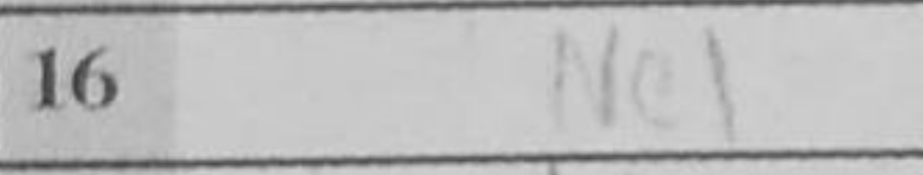
Transcription: Ne1